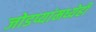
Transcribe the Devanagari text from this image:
जोडप्यांमध्येही